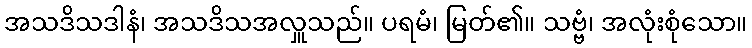
အသဒိသဒါနံ၊ အသဒိသအလှူသည်။ ပရမံ၊ မြတ်၏။ သဗ္ဗံ၊ အလုံးစုံသော။